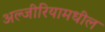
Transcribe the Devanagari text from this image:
अल्जीरियामधील